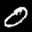
Label: 0